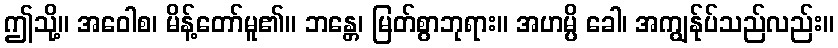
ဤသို့။ အဝေါစ၊ မိန့်တော်မူ၏။ ဘန္တေ၊ မြတ်စွာဘုရား။ အဟမ္ပိ ခေါ၊ အကျွန်ုပ်သည်လည်း။